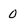
Character: 0